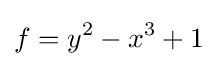
f=y^{2}-x^{3}+1